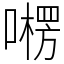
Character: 㘄